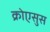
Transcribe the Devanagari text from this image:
क्रोएसुस